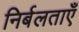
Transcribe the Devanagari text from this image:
निर्बलताएँ